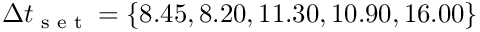
\Delta t _ { \textrm { s e t } } = \{ 8 . 4 5 , 8 . 2 0 , 1 1 . 3 0 , 1 0 . 9 0 , 1 6 . 0 0 \}